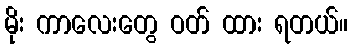
မိုး ကာလေးတွေ ဝတ် ထား ရတယ်။